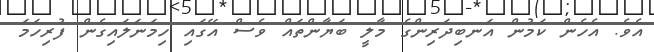
އެވެ. އެހެން ކަމުން އަނބިދަރިންގެ މާލީ ބަޔާންތައް ވެސް އޭގައި ހިމަނަލައިގެން ފުރިހަމަ